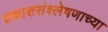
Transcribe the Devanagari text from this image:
प्रकाशसंश्लेषणाच्या